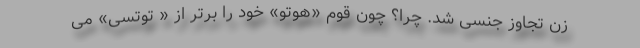
زن تجاوز جنسی شد. چرا؟ چون قوم «هوتو» خود را برتر از « توتسی» می‌